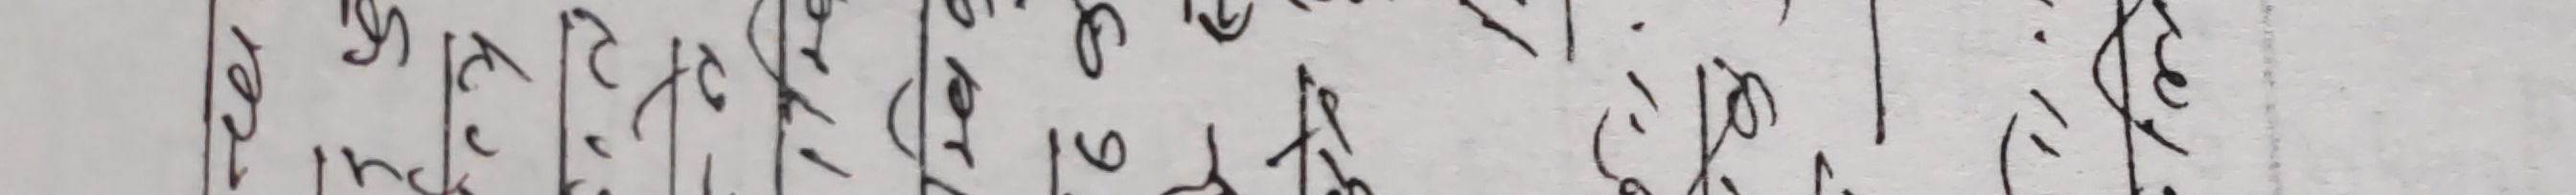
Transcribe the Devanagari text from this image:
लेईन्छु